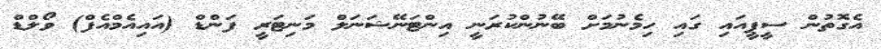
އެގޮތުން ސީޕީއައި ގައި ހިމެނުމަށް ބޭނުންކުރަނީ އިންޓަނޭޝަނަލް މަނިޓަރީ ފަންޑް (އައިއެމްއެފް) ވޯލްޑް